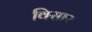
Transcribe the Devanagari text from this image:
विसार